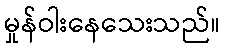
မှုန်ဝါးနေသေးသည်။